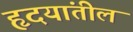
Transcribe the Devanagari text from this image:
हृदयांतील